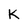
Character: K